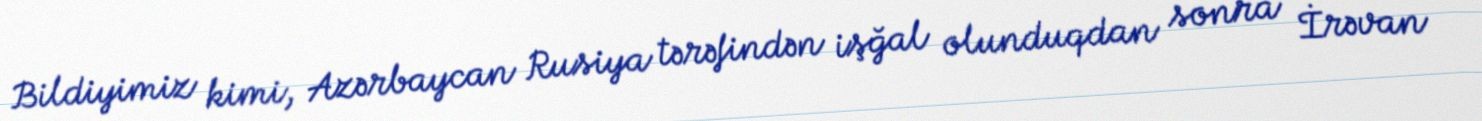
Bildiyimiz kimi, Azərbaycan Rusiya tərəfindən işğal olunduqdan sonra İrəvan